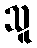
သူ